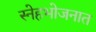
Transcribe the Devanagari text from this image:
स्नेहभोजनात